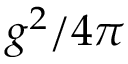
g ^ { 2 } / 4 \pi